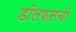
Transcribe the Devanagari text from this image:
डॉलफसची